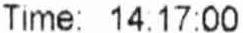
TIME: 14:17:00